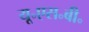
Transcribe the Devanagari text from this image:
यू॰एस॰बी॰